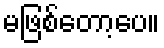
မဖြစ်တော့ပေ။